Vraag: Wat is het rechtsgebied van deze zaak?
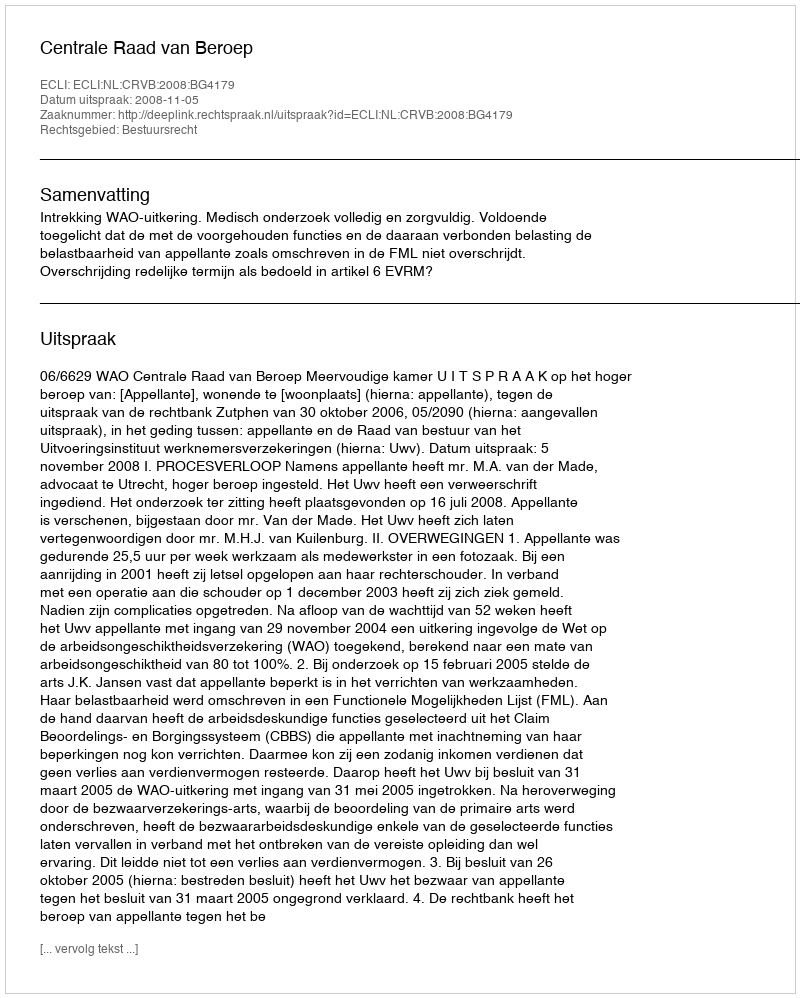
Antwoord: Bestuursrecht